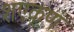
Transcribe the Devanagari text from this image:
शएकूण